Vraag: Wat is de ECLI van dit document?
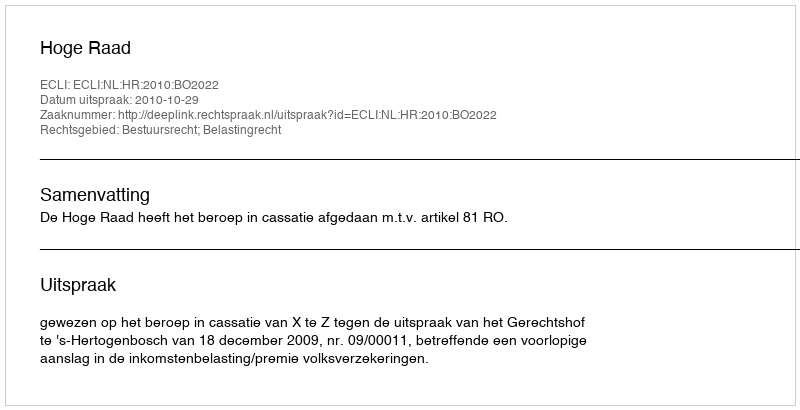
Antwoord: ECLI:NL:HR:2010:BO2022